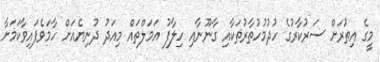
މީގެ އިތުރަށް ސަރުކާރުގެ ހުދުމުހުތާރުތަކާއި ގާނޫނާއި ހިލާފު އަމަލްތައް މިއަދު ދުނިޔެއަށް ހާމަވެފައިވާކަމަށާ